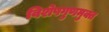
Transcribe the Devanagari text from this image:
विशेषगुणमुक्त